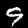
Digit: 9